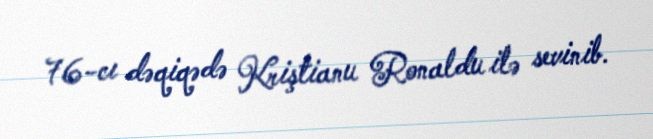
76-cı dəqiqədə Kriştianu Ronaldu ilə sevinib.